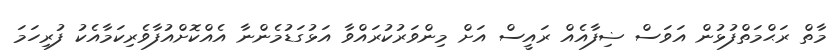
މާތް ރަޙްމަތްފުޅުން އަވަސް ޟިފާއެއް ރައީސް އަށް މިންވަރުކުރައްވާ އަޅުގަޑުމެންނާ އެއްކޮށްއުފާވެރިކަމާއެކު ފުރިހަމަ